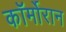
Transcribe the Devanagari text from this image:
कॉर्मोरान